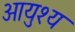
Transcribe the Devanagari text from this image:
आयुश्य